65_HS1-834228961_62-HQ-83894_Serial_164
Agency: FBI
Page 9
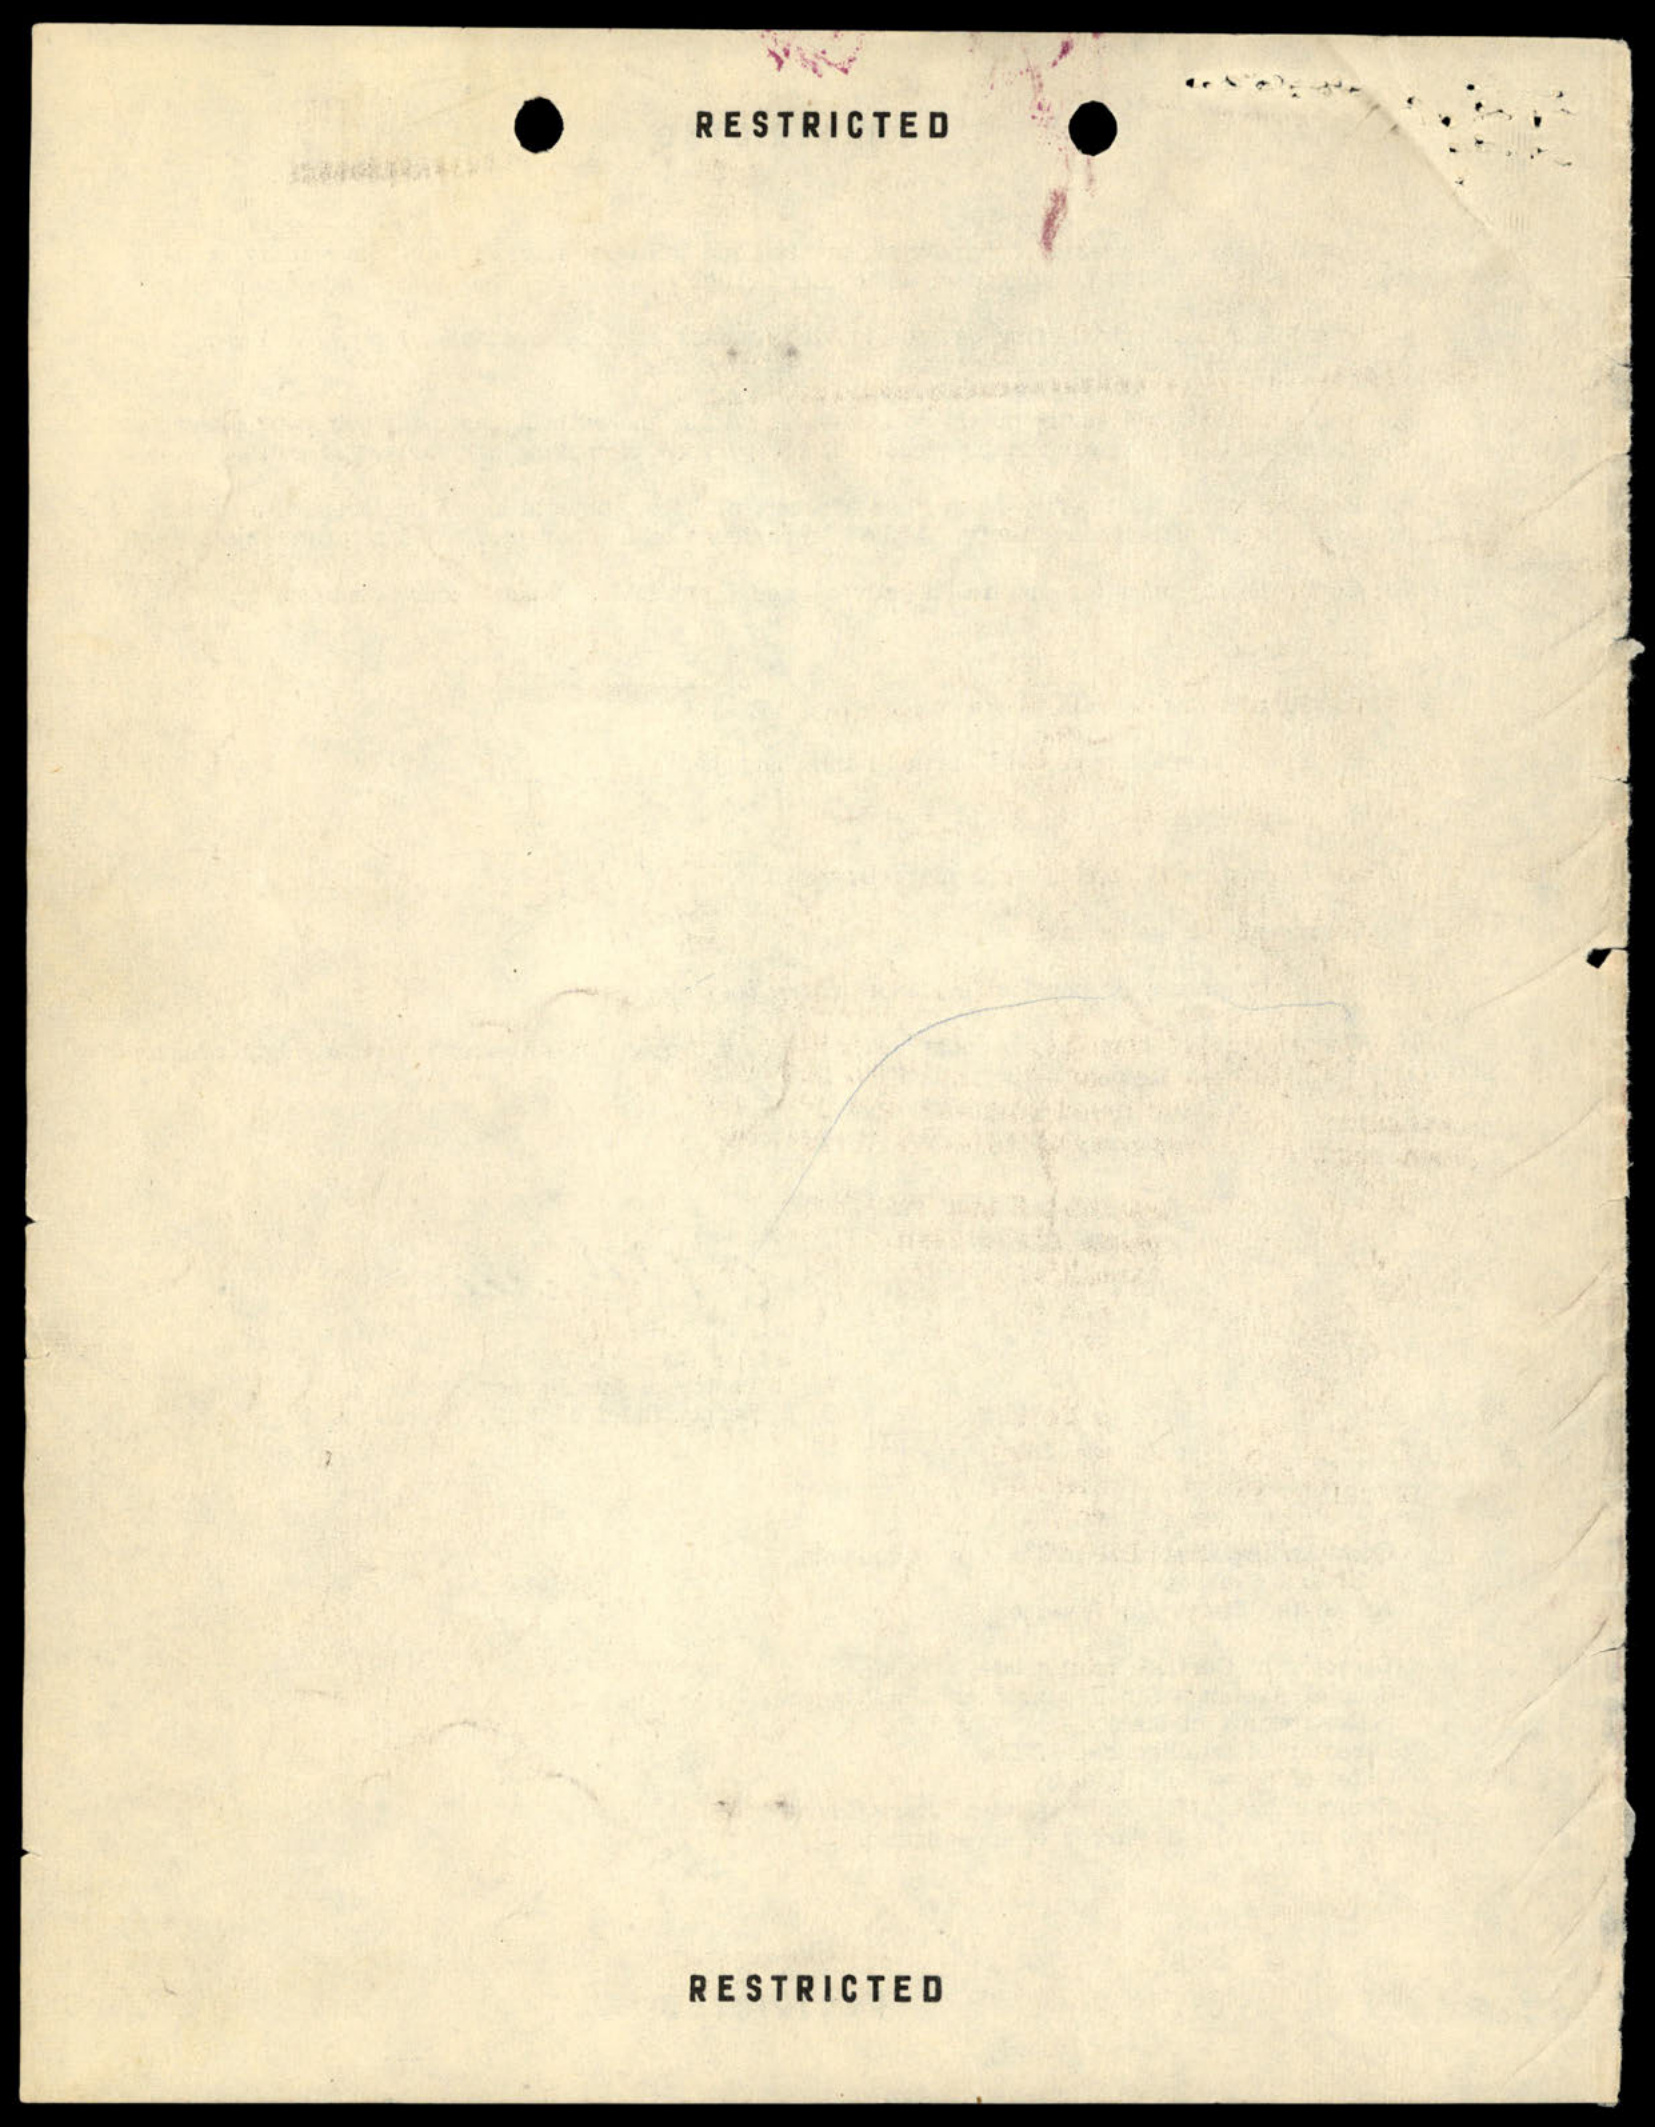